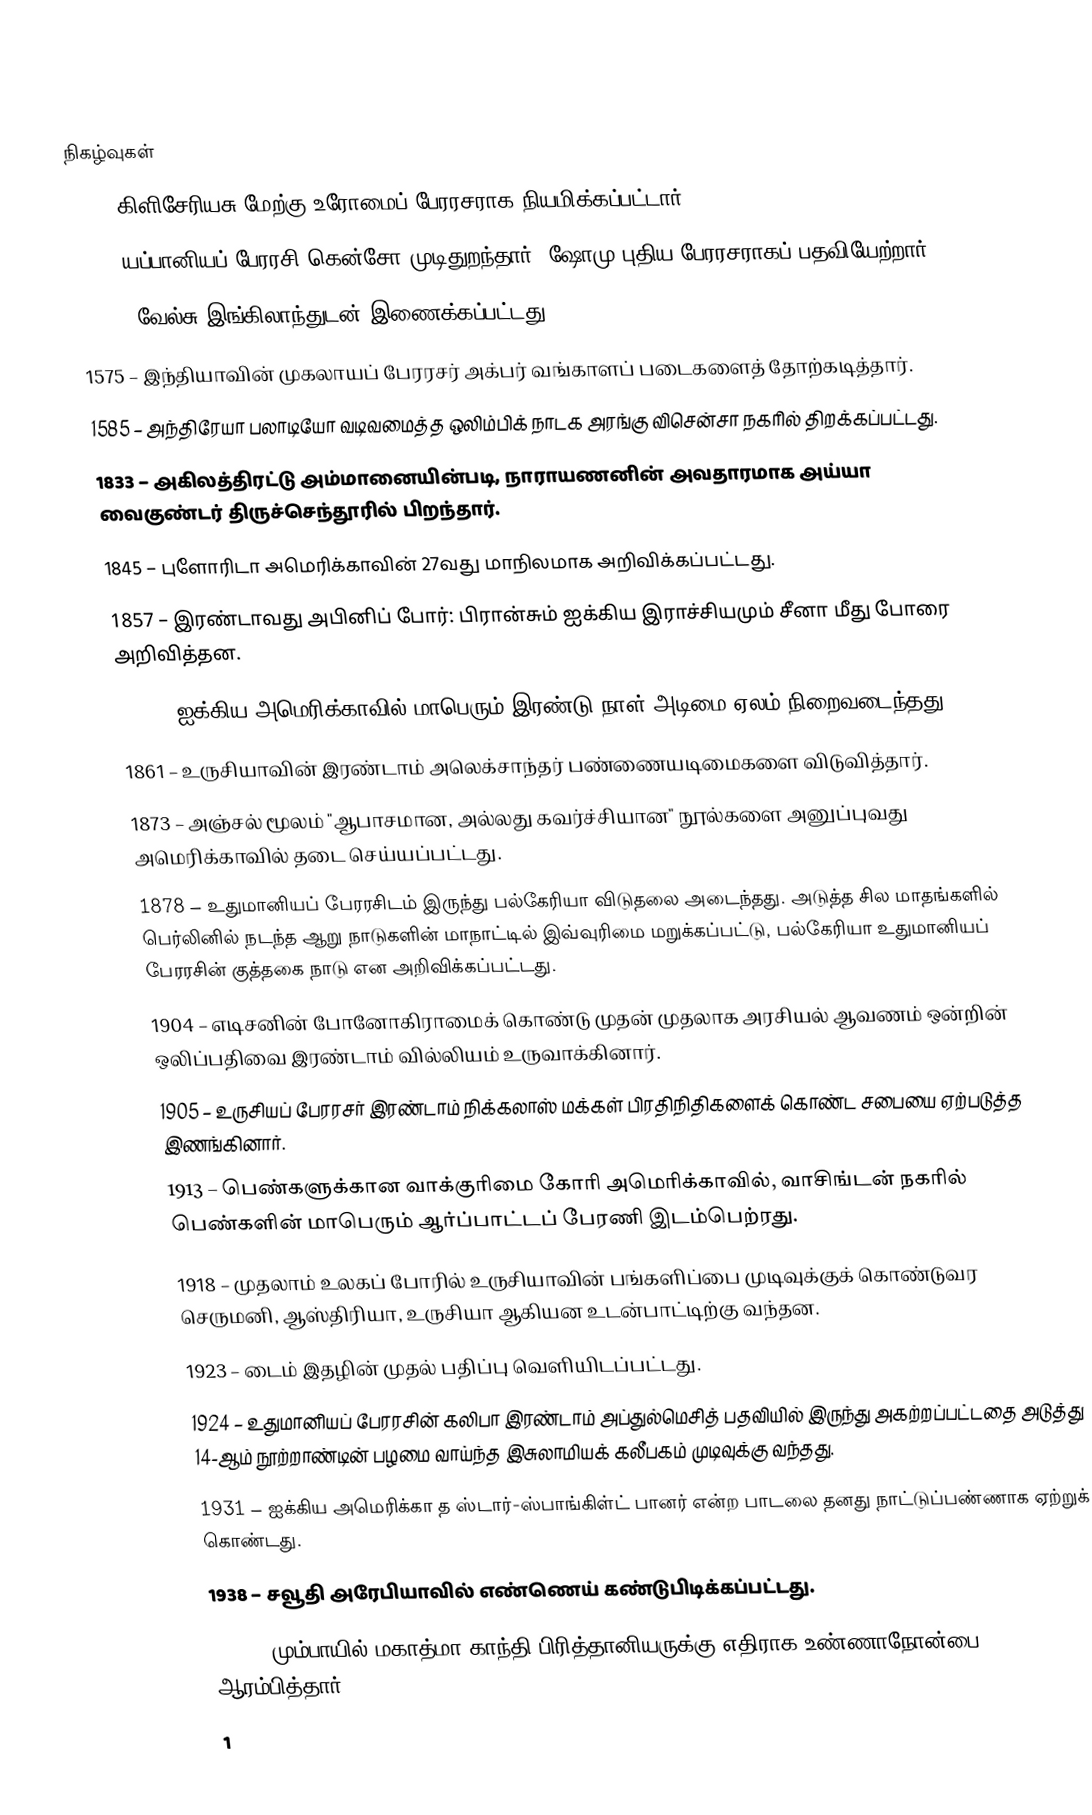

நிகழ்வுகள்
473 – கிளிசேரியசு மேற்கு உரோமைப் பேரரசராக நியமிக்கப்பட்டார்.
724 – யப்பானியப் பேரரசி கென்சோ முடிதுறந்தார். ஷோமு புதிய பேரரசராகப் பதவியேற்றார்.
1284 – வேல்சு இங்கிலாந்துடன் இணைக்கப்பட்டது.
1575 – இந்தியாவின் முகலாயப் பேரரசர் அக்பர் வங்காளப் படைகளைத் தோற்கடித்தார்.
1585 – அந்திரேயா பலாடியோ வடிவமைத்த ஒலிம்பிக் நாடக அரங்கு விசென்சா நகரில் திறக்கப்பட்டது.
1833 – அகிலத்திரட்டு அம்மானையின்படி, நாராயணனின் அவதாரமாக அய்யா வைகுண்டர் திருச்செந்தூரில் பிறந்தார்.
1845 – புளோரிடா அமெரிக்காவின் 27வது மாநிலமாக அறிவிக்கப்பட்டது.
1857 – இரண்டாவது அபினிப் போர்: பிரான்சும் ஐக்கிய இராச்சியமும் சீனா மீது போரை அறிவித்தன.
1859 – ஐக்கிய அமெரிக்காவில் மாபெரும் இரண்டு-நாள் அடிமை ஏலம் நிறைவடைந்தது.
1861 – உருசியாவின் இரண்டாம் அலெக்சாந்தர் பண்ணையடிமைகளை விடுவித்தார்.
1873 – அஞ்சல் மூலம் "ஆபாசமான, அல்லது கவர்ச்சியான" நூல்களை அனுப்புவது அமெரிக்காவில் தடை செய்யப்பட்டது.
1878 – உதுமானியப் பேரரசிடம் இருந்து பல்கேரியா விடுதலை அடைந்தது. அடுத்த சில மாதங்களில் பெர்லினில் நடந்த ஆறு நாடுகளின் மாநாட்டில் இவ்வுரிமை மறுக்கப்பட்டு, பல்கேரியா உதுமானியப் பேரரசின் குத்தகை நாடு என அறிவிக்கப்பட்டது.
1904 – எடிசனின் போனோகிராமைக் கொண்டு முதன் முதலாக அரசியல் ஆவணம் ஒன்றின் ஒலிப்பதிவை இரண்டாம் வில்லியம் உருவாக்கினார்.
1905 – உருசியப் பேரரசர் இரண்டாம் நிக்கலாஸ் மக்கள் பிரதிநிதிகளைக் கொண்ட சபையை ஏற்படுத்த இணங்கினார்.
1913 – பெண்களுக்கான வாக்குரிமை கோரி அமெரிக்காவில், வாசிங்டன் நகரில் பெண்களின் மாபெரும் ஆர்ப்பாட்டப் பேரணி இடம்பெற்ரது.
1918 – முதலாம் உலகப் போரில் உருசியாவின் பங்களிப்பை முடிவுக்குக் கொண்டுவர செருமனி, ஆஸ்திரியா, உருசியா ஆகியன உடன்பாட்டிற்கு வந்தன.
1923 – டைம் இதழின் முதல் பதிப்பு வெளியிடப்பட்டது.
1924 – உதுமானியப் பேரரசின் கலிபா இரண்டாம் அப்துல்மெசித் பதவியில் இருந்து அகற்றப்பட்டதை அடுத்து 14-ஆம் நூற்றாண்டின் பழமை வாய்ந்த இசுலாமியக் கலீபகம் முடிவுக்கு வந்தது.
1931 – ஐக்கிய அமெரிக்கா த ஸ்டார்-ஸ்பாங்கிள்ட் பானர் என்ற பாடலை தனது நாட்டுப்பண்ணாக ஏற்றுக் கொண்டது.
1938 – சவூதி அரேபியாவில் எண்ணெய் கண்டுபிடிக்கப்பட்டது.
1939 – மும்பாயில் மகாத்மா காந்தி பிரித்தானியருக்கு எதிராக உண்ணாநோன்பை ஆரம்பித்தார்.
1